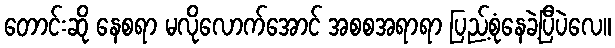
တောင်းဆို နေစရာ မလိုလောက်အောင် အစစအရာရာ ပြည့်စုံနေခဲ့ပြီပဲလေ။